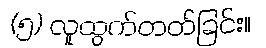
(၅) လူထွက်တတ်ခြင်း။